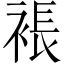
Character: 𧛇